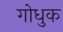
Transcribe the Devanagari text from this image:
गोधुक